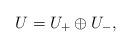
LaTeX: \begin{align*} U = U_{+}\oplus U_{-},\end{align*}